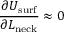
\frac { \partial U _ { \mathrm { s u r f } } } { \partial L _ { \mathrm { n e c k } } } \approx 0